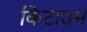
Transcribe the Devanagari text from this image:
किटाउम